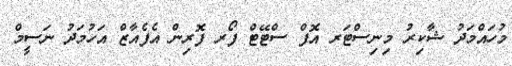
މުހައްމަދު ޝާކިރު މިނިސްޓަރ އޮފް ސްޓޭޓް ފޯރ ފޮރިން އެފެއާޒް އަހުމަދު ނަސީމް